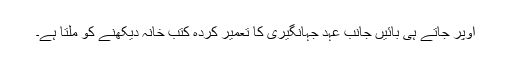
اوپر جاتے ہی بائیں جانب عہد جہانگیری کا تعمیر کردہ کتب خانہ دیکھنے کو ملتا ہے۔